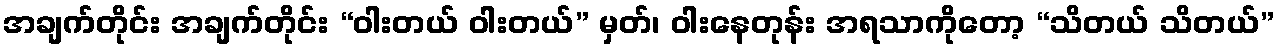
အချက်တိုင်း အချက်တိုင်း “ဝါးတယ် ဝါးတယ်” မှတ်၊ ဝါးနေတုန်း အရသာကိုတော့ “သိတယ် သိတယ်”